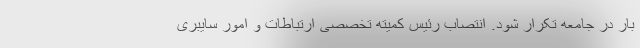
بار در جامعه تکرار شود. انتصاب رئیس کمیته تخصصی ارتباطات و امور سایبری